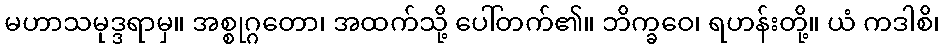
မဟာသမုဒ္ဒရာမှ။ အစ္စုဂ္ဂတော၊ အထက်သို့ ပေါ်တက်၏။ ဘိက္ခဝေ၊ ရဟန်းတို့။ ယံ ကဒါစိ၊